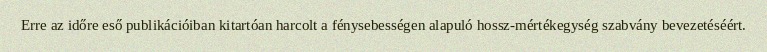
Erre az időre eső publikációiban kitartóan harcolt a fénysebességen alapuló hossz-mértékegység szabvány bevezetéséért.